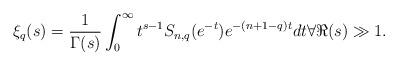
LaTeX: \begin{align*}\xi_q(s)=\frac{1}{\Gamma(s)}\int_0^\infty t^{s-1}S_{n,q}(e^{-t})e^{-(n+1-q)t}dt \forall \Re(s)\gg 1.\end{align*}